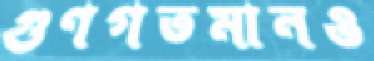
গুণগতমানও